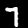
Digit: 7